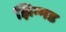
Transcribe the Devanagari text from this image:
झिम्मड